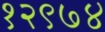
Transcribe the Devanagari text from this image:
१२९७४